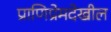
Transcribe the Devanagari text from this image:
प्राणिप्रेमदेखील